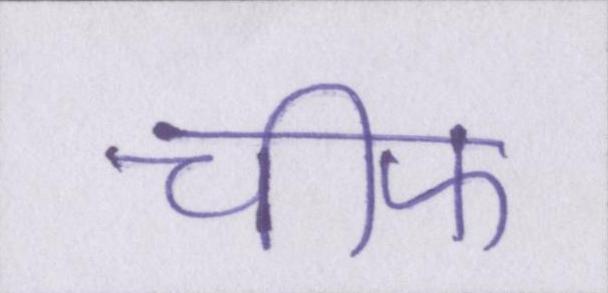
चीफ